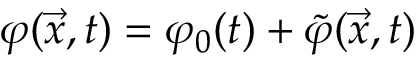
\varphi ( { \vec { x } } , t ) = \varphi _ { 0 } ( t ) + { \tilde { \varphi } } ( \vec { x } , t )